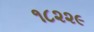
૧૮૨૨૯